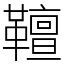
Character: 𩍕